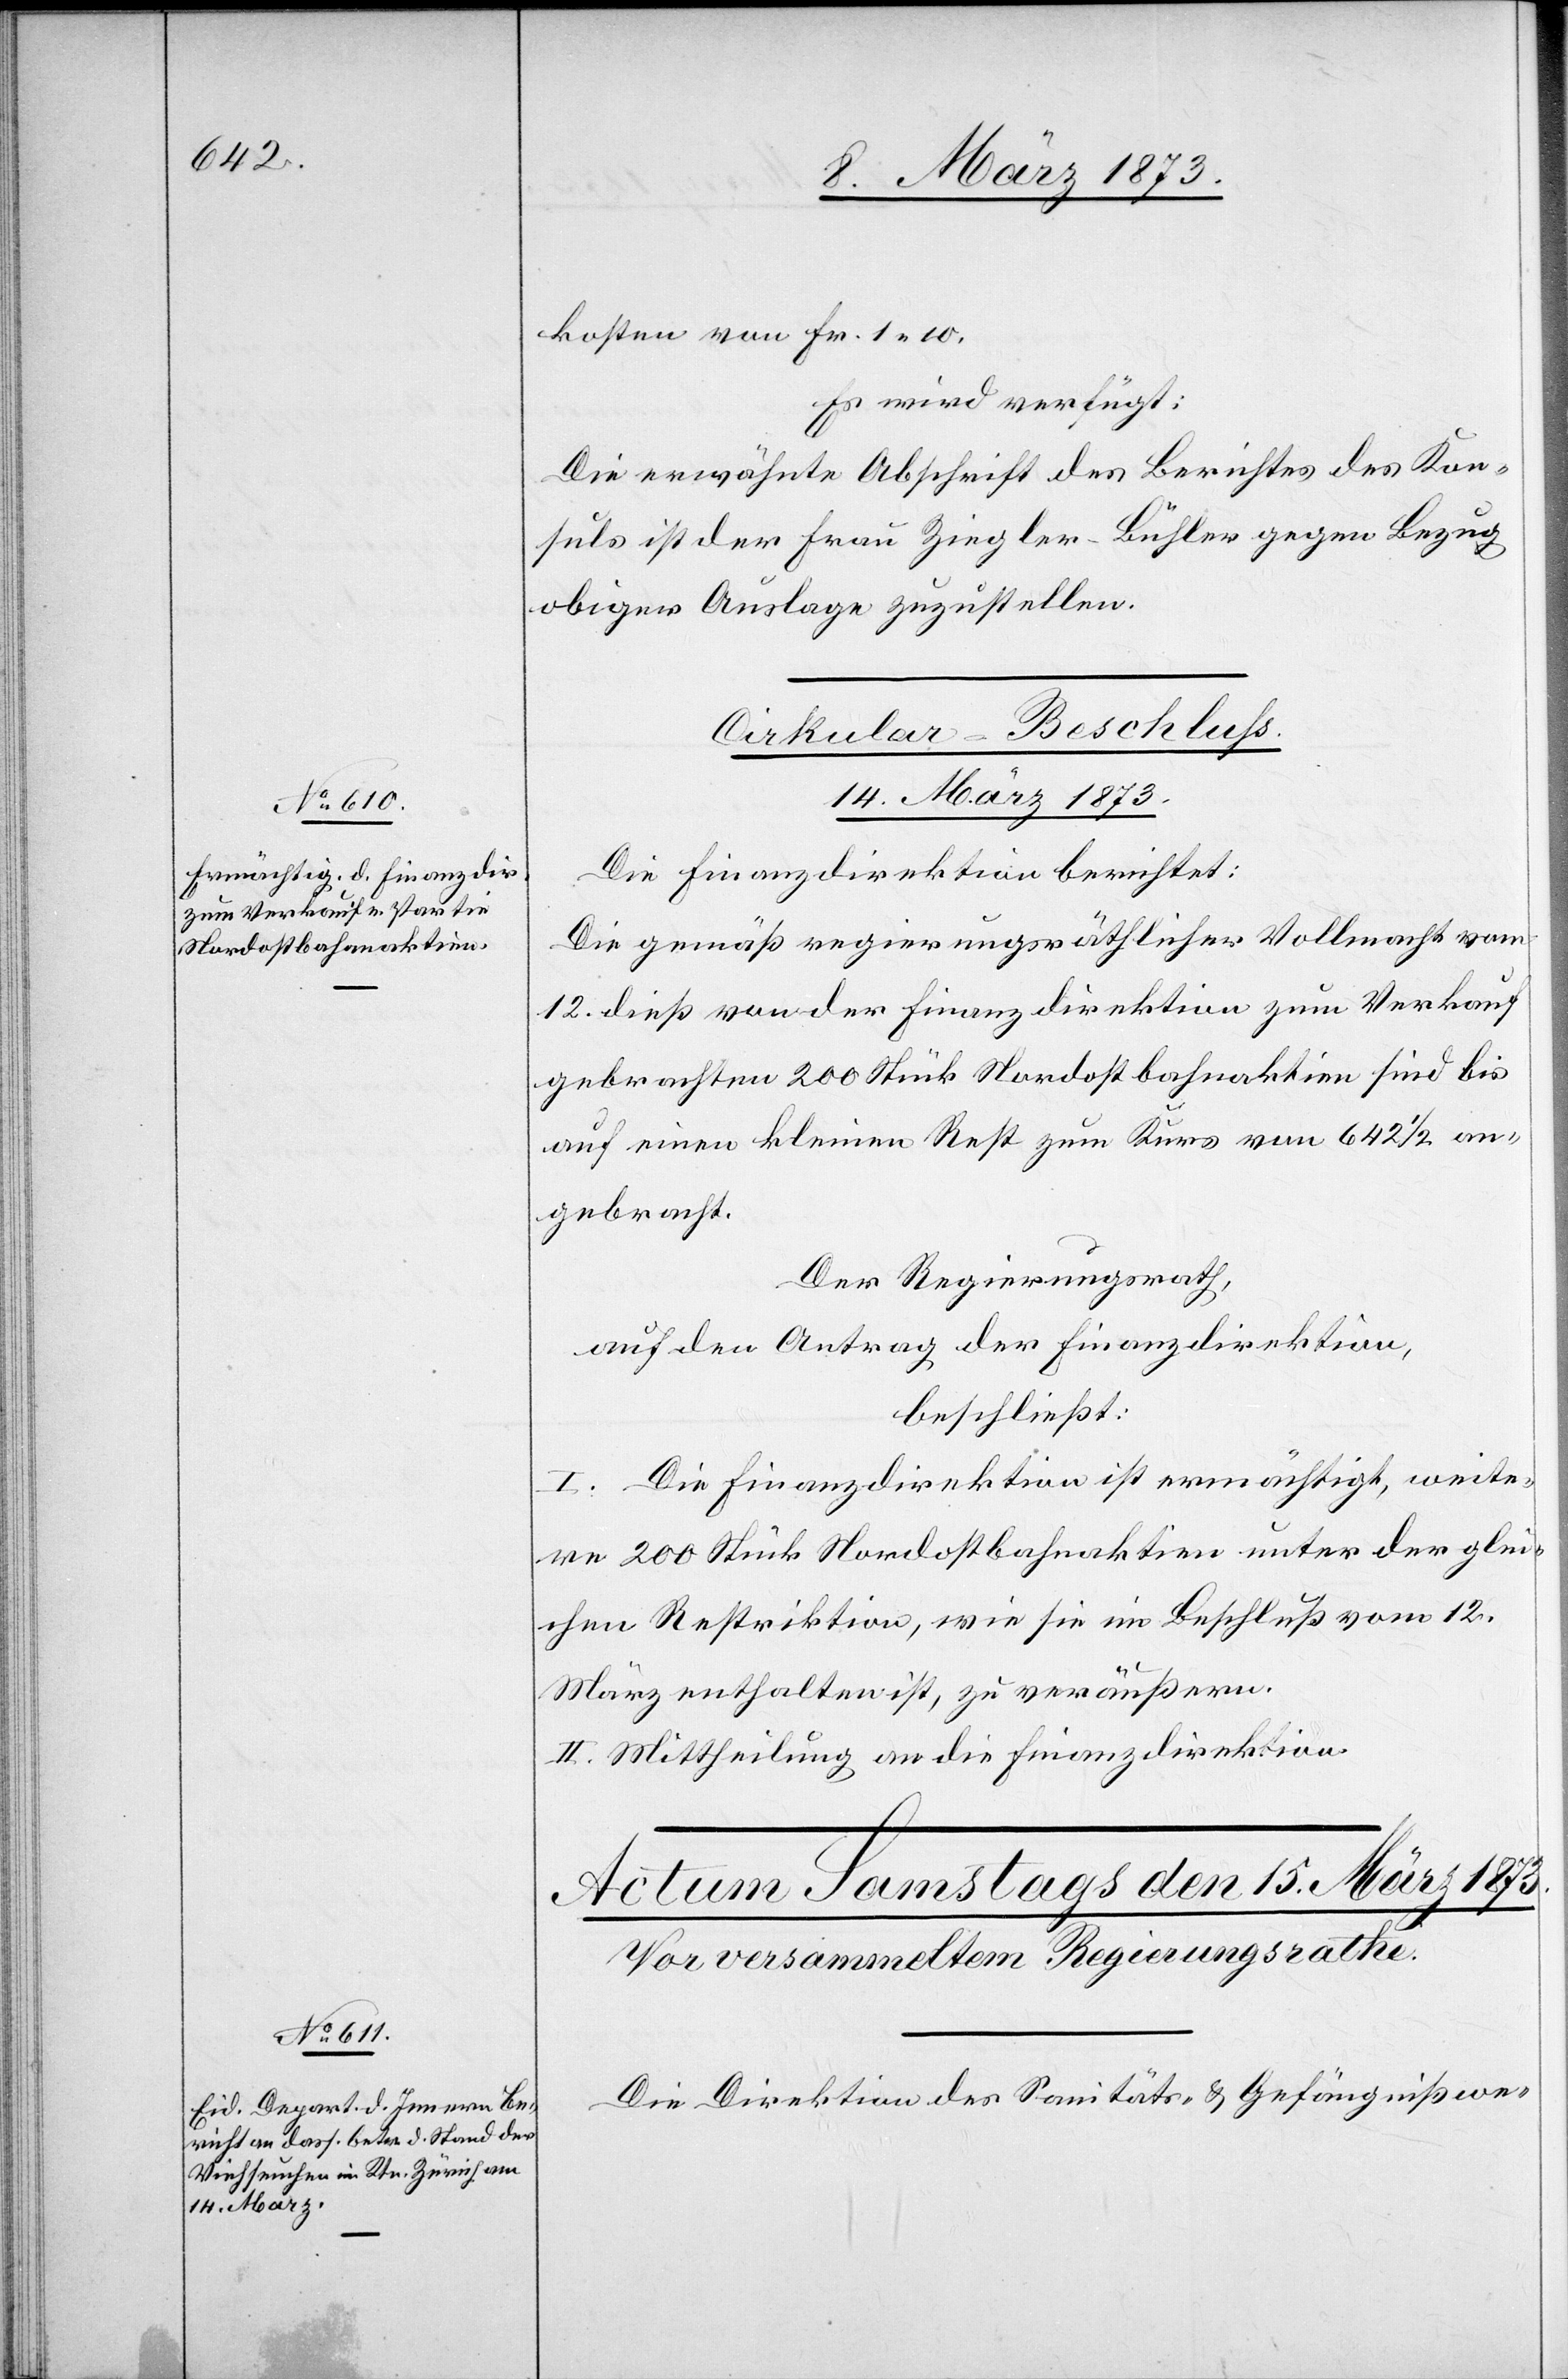
kosten von Fr. 1.10.
Es wird verfügt:
Die erwähnte Abschrift des Berichtes des Kon¬
suls ist der Frau Ziegler-Bühler gegen Bezug
obiger Auslage zuzustellen.
Cirkular-Beschluß.
14. März 1873.
Die Finanzdirektion berichtet:
Die gemäß regierungsräthlicher Vollmacht vom
12. dieß von der Finanzdirektion zum Verkauf
gebrachten 200 Stück Nordostbahnaktien sind bis
auf einen kleinen Rest zum Kurs von 642 1/2 an¬
gebracht.
Der Regierungsrath,
auf den Antrag der Finanzdirektion,
beschließt:
I. Die Finanzdirektion ist ermächtigt, weite¬
re 200 Stück Nordostbahnaktien unter der glei¬
chen Restriktion, wie sie im Beschluß vom 12.
März enthalten ist, zu veräußern.
II. Mittheilung an die Finanzdirektion.
Die Direktion des Sanitäts- u. Gefängnißwe-